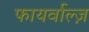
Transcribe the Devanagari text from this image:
फायर्वाल्ज़